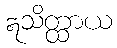
ဣသိတ္ထာယ